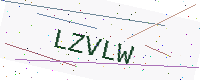
Text: LZVLW